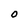
Character: O